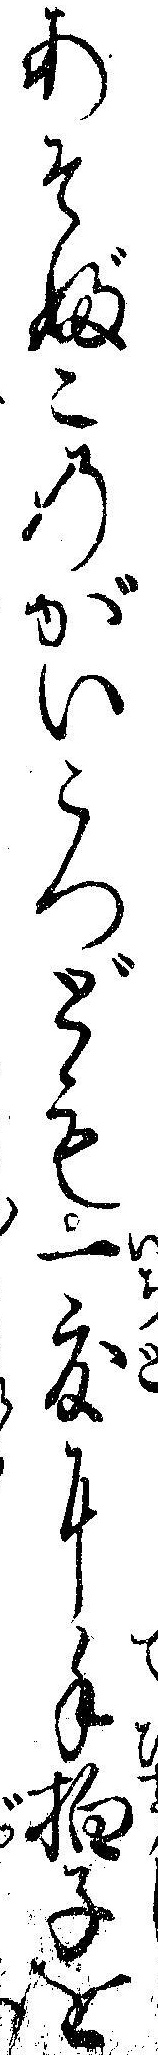
あそぶこのがいこつども一度に手拍子を